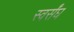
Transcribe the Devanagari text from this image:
स्वर्संघ